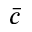
\bar { c }